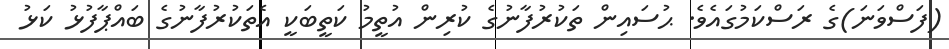
(ފަސްވަނަ)ގެ ރަސްކަމުގައެވެ. ޙުސައިން ތަކުރުފާނުގެ ކުރިން އުތީމު ކަތީބަކީ އެތަކުރުފާނުގެ ބައްޕާފުޅު ކަޅު